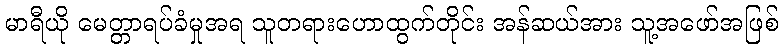
မာရီယို မေတ္တာရပ်ခံမှုအရ သူတရားဟောထွက်တိုင်း အန်ဆယ်အား သူ့အဖော်အဖြစ်